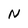
Character: N